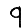
Digit: 9